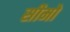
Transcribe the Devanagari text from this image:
सीमो